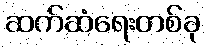
ဆက်ဆံရေးတစ်ခု